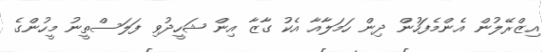
އިޒްރޭލުން އެންމެފަހުން ދިން ހަމަލާއާ އެކު ގާޒާ އިން ޝަހީދުވި ފަލަސްތީނު މީހުންގެ